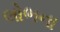
લોભના